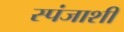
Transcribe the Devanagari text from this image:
स्पंजाशी